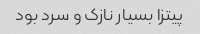
پیتزا بسیار نازک و سرد بود